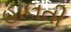
હાલતી